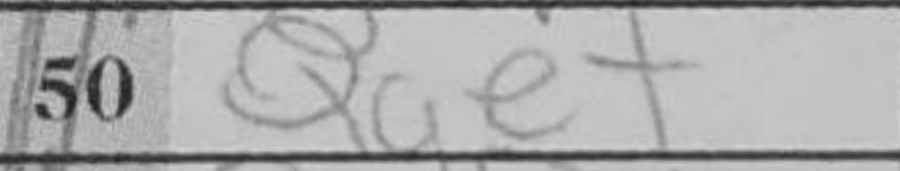
Transcription: Qg3+